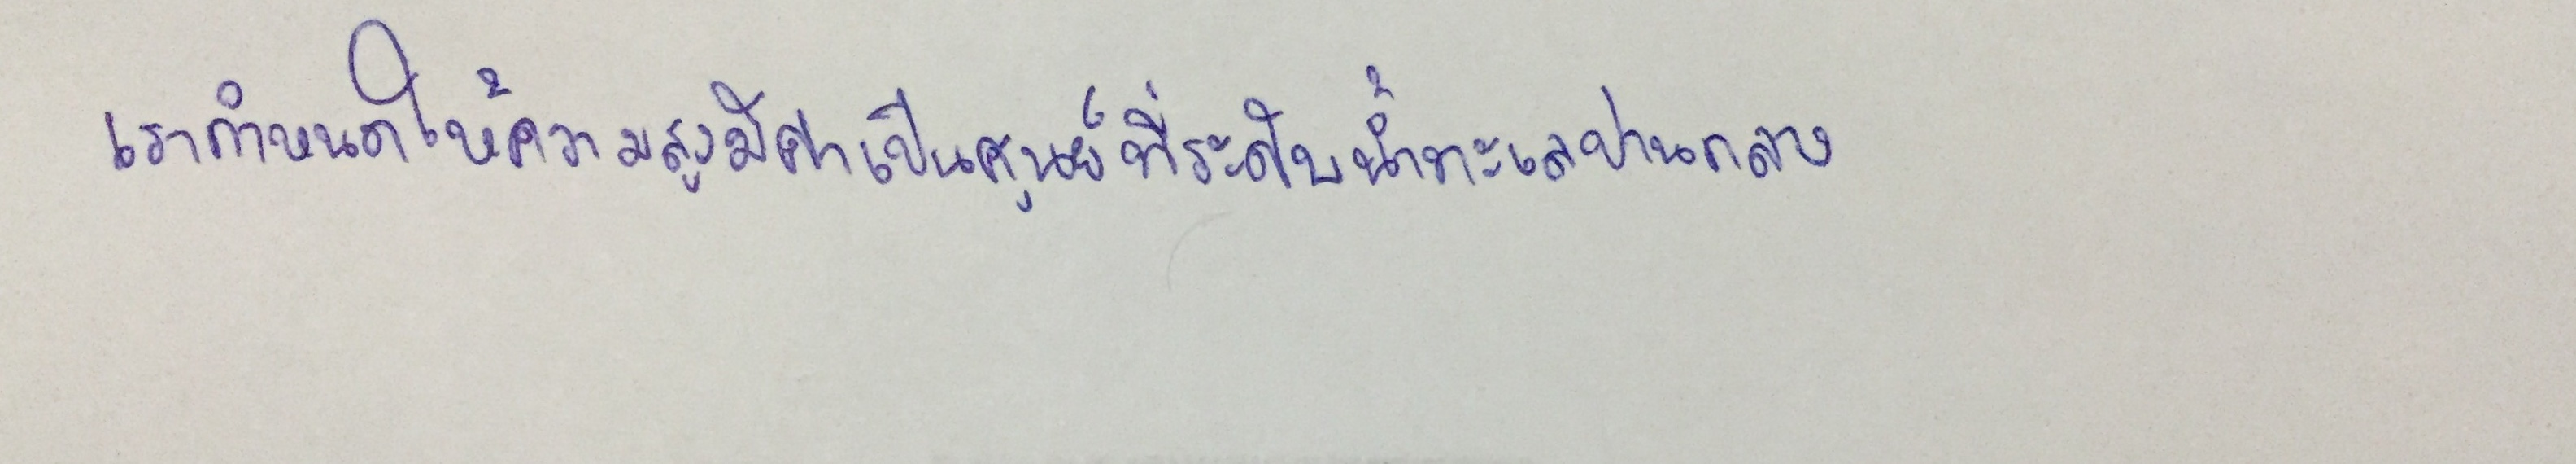
เรากำหนดให้ความสูงมีค่าเป็นศูนย์ที่ระดับน้ำทะเลปานกลาง